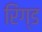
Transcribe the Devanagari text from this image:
रिंग्ड